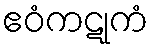
ဧဝံကဋုကံ